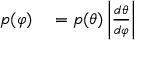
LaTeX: \begin{array} { r l } { p ( \varphi ) } & { { } = p ( \theta ) \left| { \frac { d \theta } { d \varphi } } \right| } \end{array}